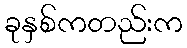
ခုနှစ်ကတည်းက